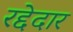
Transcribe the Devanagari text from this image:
रद्देदार